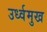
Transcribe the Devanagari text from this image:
उर्ध्वमुख